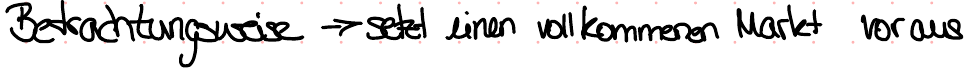
Betrachtungsweise -> setzt einen vollkomenen Markt voraus